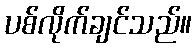
ပစ်လိုက်ချင်သည်။